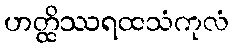
ဟတ္ထိဿရထသံကုလံ